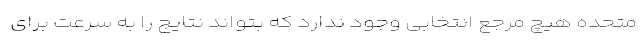
متحده هیچ مرجع انتخابی وجود ندارد که بتواند نتایج را به سرعت برای